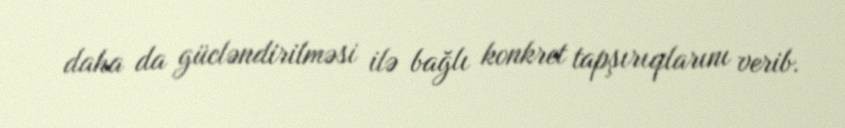
daha da gücləndirilməsi ilə bağlı konkret tapşırıqlarını verib.